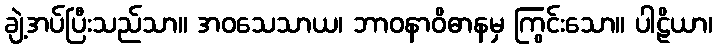
ချဲ့အပ်ပြီးသည်သာ။ အဝသေသာယ၊ ဘာဝနာဝိဓာနမှ ကြွင်းသော။ ပါဠိယာ၊